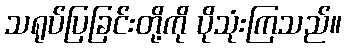
သရုပ်ပြခြင်းတို့ကို ပိုသုံးကြသည်။